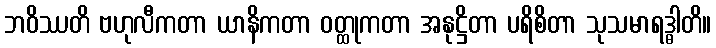
ဘဝိဿတိ ဗဟုလီကတာ ယာနိကတာ ဝတ္ထုကတာ အနုဋ္ဌိတာ ပရိစိတာ သုသမာရဒ္ဓါတိ။